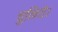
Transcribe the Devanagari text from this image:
चुनिये।